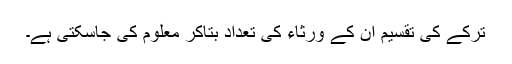
ترکے کی تقسیم ان کے ورثاء کی تعداد بتاکر معلوم کی جاسکتی ہے۔